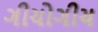
ગીચોગીચ